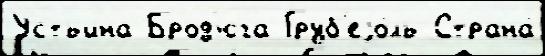
Устьина Брод'юга Груб'еjо́ль Страна́